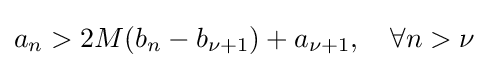
a_{n}>2M(b_{n}-b_{\nu +1})+a_{\nu +1},\quad \forall n>\nu